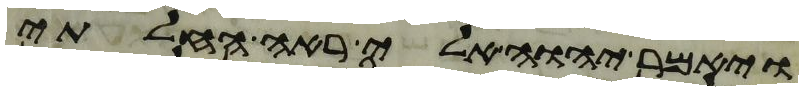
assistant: ויאמר יהוה אלי ראה החלתי